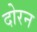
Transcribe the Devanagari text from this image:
दोरन